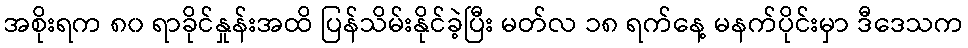
အစိုးရက ၈၀ ရာခိုင်နှုန်းအထိ ပြန်သိမ်းနိုင်ခဲ့ပြီး မတ်လ ၁၈ ရက်နေ့ မနက်ပိုင်းမှာ ဒီဒေသက